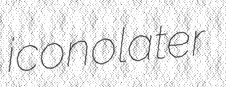
iconolater